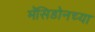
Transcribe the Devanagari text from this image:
मॅसिडोनच्या